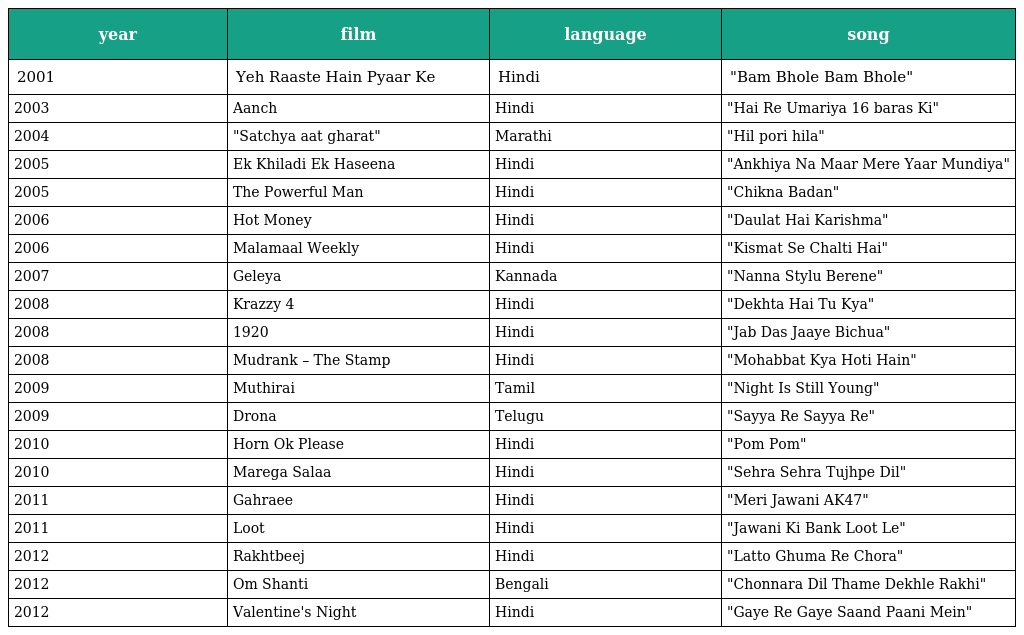
| year | film | language | song |
 | --- | --- | --- | --- |
 | 2001 | Yeh Raaste Hain Pyaar Ke | Hindi | "Bam Bhole Bam Bhole" |
 | 2003 | Aanch | Hindi | "Hai Re Umariya 16 baras Ki" |
 | 2004 | "Satchya aat gharat" | Marathi | "Hil pori hila" |
 | 2005 | Ek Khiladi Ek Haseena | Hindi | "Ankhiya Na Maar Mere Yaar Mundiya" |
 | 2005 | The Powerful Man | Hindi | "Chikna Badan" |
 | 2006 | Hot Money | Hindi | "Daulat Hai Karishma" |
 | 2006 | Malamaal Weekly | Hindi | "Kismat Se Chalti Hai" |
 | 2007 | Geleya | Kannada | "Nanna Stylu Berene" |
 | 2008 | Krazzy 4 | Hindi | "Dekhta Hai Tu Kya" |
 | 2008 | 1920 | Hindi | "Jab Das Jaaye Bichua" |
 | 2008 | Mudrank – The Stamp | Hindi | "Mohabbat Kya Hoti Hain" |
 | 2009 | Muthirai | Tamil | "Night Is Still Young" |
 | 2009 | Drona | Telugu | "Sayya Re Sayya Re" |
 | 2010 | Horn Ok Please | Hindi | "Pom Pom" |
 | 2010 | Marega Salaa | Hindi | "Sehra Sehra Tujhpe Dil" |
 | 2011 | Gahraee | Hindi | "Meri Jawani AK47" |
 | 2011 | Loot | Hindi | "Jawani Ki Bank Loot Le" |
 | 2012 | Rakhtbeej | Hindi | "Latto Ghuma Re Chora" |
 | 2012 | Om Shanti | Bengali | "Chonnara Dil Thame Dekhle Rakhi" |
 | 2012 | Valentine's Night | Hindi | "Gaye Re Gaye Saand Paani Mein" |